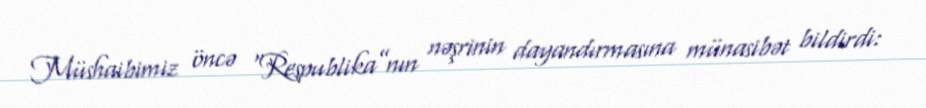
Müshaibimiz öncə “Respublika”nın nəşrinin dayandırmasına münasibət bildirdi: